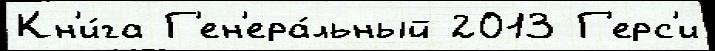
Кн'и́га Г'ен'ера́льный 2013 Г'ерс'и